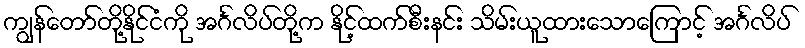
ကျွန်တော်တို့နိုင်ငံကို အင်္ဂလိပ်တို့က နိုင့်ထက်စီးနင်း သိမ်းယူထားသောကြောင့် အင်္ဂလိပ်